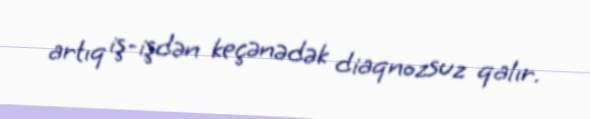
artıq iş-işdən keçənədək diaqnozsuz qalır.